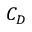
C _ { D }